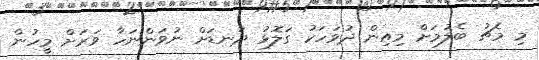
މި މެޗު ބެލުމަށް މިއިން ދުވަހަކު ގަލޮޅު ދަނޑަށް ނުވަންނަހާ ވަރަށް މީހުން